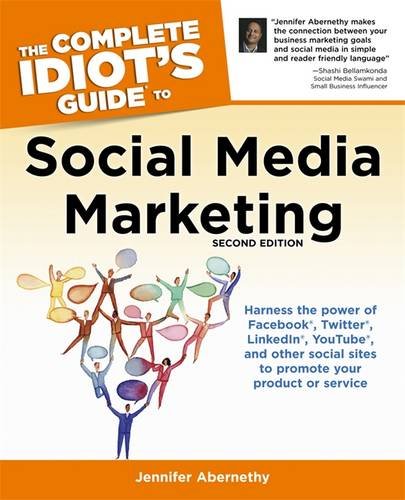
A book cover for The Complete Idiot's Guide to Social Media Marketing: 2nd Edition (Complete Idiot's Guides (Lifestyle Paperback)); Jennifer Abernethy; Computers & Technology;